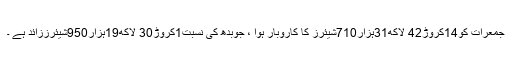
جمعرات کو14کروڑ42 لاکھ31ہزار710شیئرز کا کاروبار ہوا ، جوبدھ کی نسبت1کروڑ30 لاکھ19ہزار950شیئرززائد ہے ۔